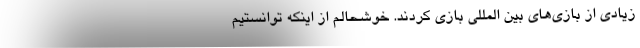
زیادی از بازی‌های بین المللی بازی کردند. خوشحالم از اینکه توانستیم